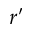
r ^ { \prime }